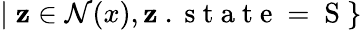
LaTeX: |\; \mathbf{z}\in\mathcal{{N}}(x),\mathbf{z}\mathrm{{~.~s~t~a~t~e~=~S~}}\}